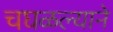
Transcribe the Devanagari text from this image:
चघळल्याने